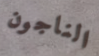
الناجون